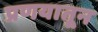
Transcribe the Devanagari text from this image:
प्रणयातून